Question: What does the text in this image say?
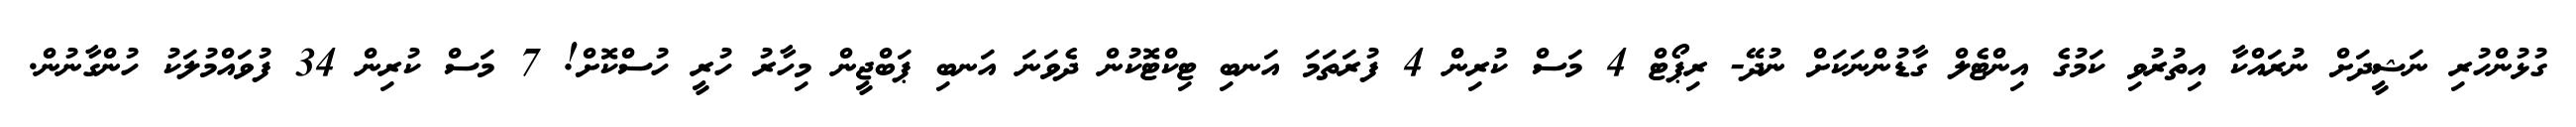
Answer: ގުޅުންހުރި ނަޝީދަށް ނުރައްކާ އިތުރުވި ކަމުގެ އިންޓެލް ގާޑުންނަކަށް ނުދޭ- ރިޕޯޓް 4 މަސް ކުރިން 4 ފުރަތަމަ އަނބި ޓިކްޓޮކުން ދެވަނަ އަނބި ޕަބްޖީން މިހާރު ހުރީ ހުސްކޮށް! 7 މަސް ކުރިން 34 ފުވައްމުލަކު ހުންގާނުން.